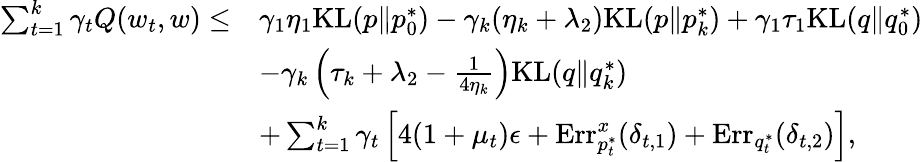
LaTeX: \begin{array}{rl}{\sum_{t=1}^{k}\gamma_{t}Q(w_{t},w)\leq}&{\gamma_{1}\eta_{1}\mathrm{KL}(p\| p_{0}^{*})-\gamma_{k}(\eta_{k}+\lambda_{2})\mathrm{KL}(p\| p_{k}^{*})+\gamma_{1}\tau_{1}\mathrm{KL}(q\| q_{0}^{*})}\\ &{-\gamma_{k}\left(\tau_{k}+\lambda_{2}-\frac{1}{4\eta_{k}}\right)\mathrm{KL}(q\| q_{k}^{*})}\\ &{+\sum_{t=1}^{k}\gamma_{t}\left[4(1+\mu_{t})\epsilon+\mathrm{Err}_{p_{t}^{*}}^{x}(\delta_{t,1})+\mathrm{Err}_{q_{t}^{*}}(\delta_{t,2})\right],}\end{array}